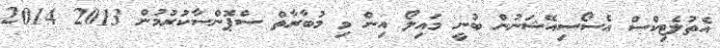
އެތުލެޓިކްސް އެސޯސިއޭޝަނުން ބުނީ މައިލޯ އިން މި މުބާރާތް ސްޕޮންސާކުރުމުން 2013 2014